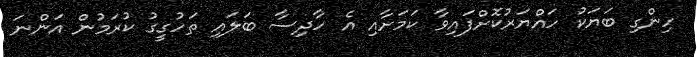
ހިންގި ބަޔަކު ހައްޔަރުކޮށްފައިވާ ކަމަށާއި އެ ހާދިސާ ބަލައި ތަހުގީގު ކުރަމުން އަންނަ